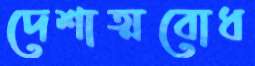
দেশাত্মবোধ